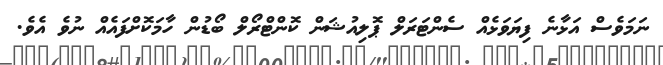
ނަމަވެސް އަޅާނެ ފިޔަވަޅެއް ސެންޓަރަލް ޕޮލިއުޝަން ކޮންޓްރޯލް ބޯޑުން ހާމަކޮށްފައެއް ނުވެ އެވެ.